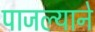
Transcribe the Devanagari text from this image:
पाजल्याने